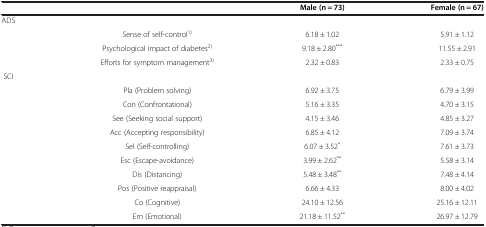
<table><thead><tr><td><b> </b></td><td><b> </b></td><td><b>Male (n = 73)</b></td><td><b>Female (n = 67)</b></td></tr></thead><tbody><tr><td>ADS</td><td> </td><td> </td><td> </td></tr><tr><td> </td><td>Sense of self-control<sup>1)</sup></td><td>6.18 ± 1.02</td><td>5.91 ± 1.12</td></tr><tr><td> </td><td>Psychological impact of diabetes<sup>2)</sup></td><td>9.18 ± 2.80<sup>***</sup></td><td>11.55 ± 2.91</td></tr><tr><td> </td><td>Efforts for symptom management<sup>3)</sup></td><td>2.32 ± 0.83</td><td>2.33 ± 0.75</td></tr><tr><td>SCI</td><td> </td><td> </td><td> </td></tr><tr><td> </td><td>Pla (Problem solving)</td><td>6.92 ± 3.75</td><td>6.79 ± 3.99</td></tr><tr><td> </td><td>Con (Confrontational)</td><td>5.16 ± 3.35</td><td>4.70 ± 3.15</td></tr><tr><td> </td><td>See (Seeking social support)</td><td>4.15 ± 3.46</td><td>4.85 ± 3.27</td></tr><tr><td> </td><td>Acc (Accepting responsibility)</td><td>6.85 ± 4.12</td><td>7.09 ± 3.74</td></tr><tr><td> </td><td>Sel (Self-controlling)</td><td>6.07 ± 3.52<sup>*</sup></td><td>7.61 ± 3.73</td></tr><tr><td> </td><td>Esc (Escape-avoidance)</td><td>3.99 ± 2.62<sup>**</sup></td><td>5.58 ± 3.14</td></tr><tr><td> </td><td>Dis (Distancing)</td><td>5.48 ± 3.48<sup>**</sup></td><td>7.48 ± 4.14</td></tr><tr><td> </td><td>Pos (Positive reappraisal)</td><td>6.66 ± 4.33</td><td>8.00 ± 4.02</td></tr><tr><td> </td><td>Co (Cognitive)</td><td>24.10 ± 12.56</td><td>25.16 ± 12.11</td></tr><tr><td> </td><td>Em (Emotional)</td><td>21.18 ± 11.52<sup>**</sup></td><td>26.97 ± 12.79</td></tr></tbody></table>